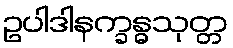
ဥပါဒါနက္ခန္ဓသုတ္တ